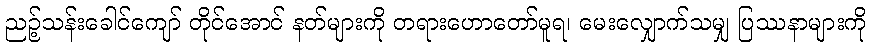
ညဉ့်သန်းခေါင်ကျော် တိုင်အောင် နတ်များကို တရားဟောတော်မူရ၊ မေးလျှောက်သမျှ ပြဿနာများကို